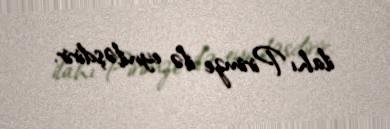
ilahı Pirimze ilə eyniləşdirir.